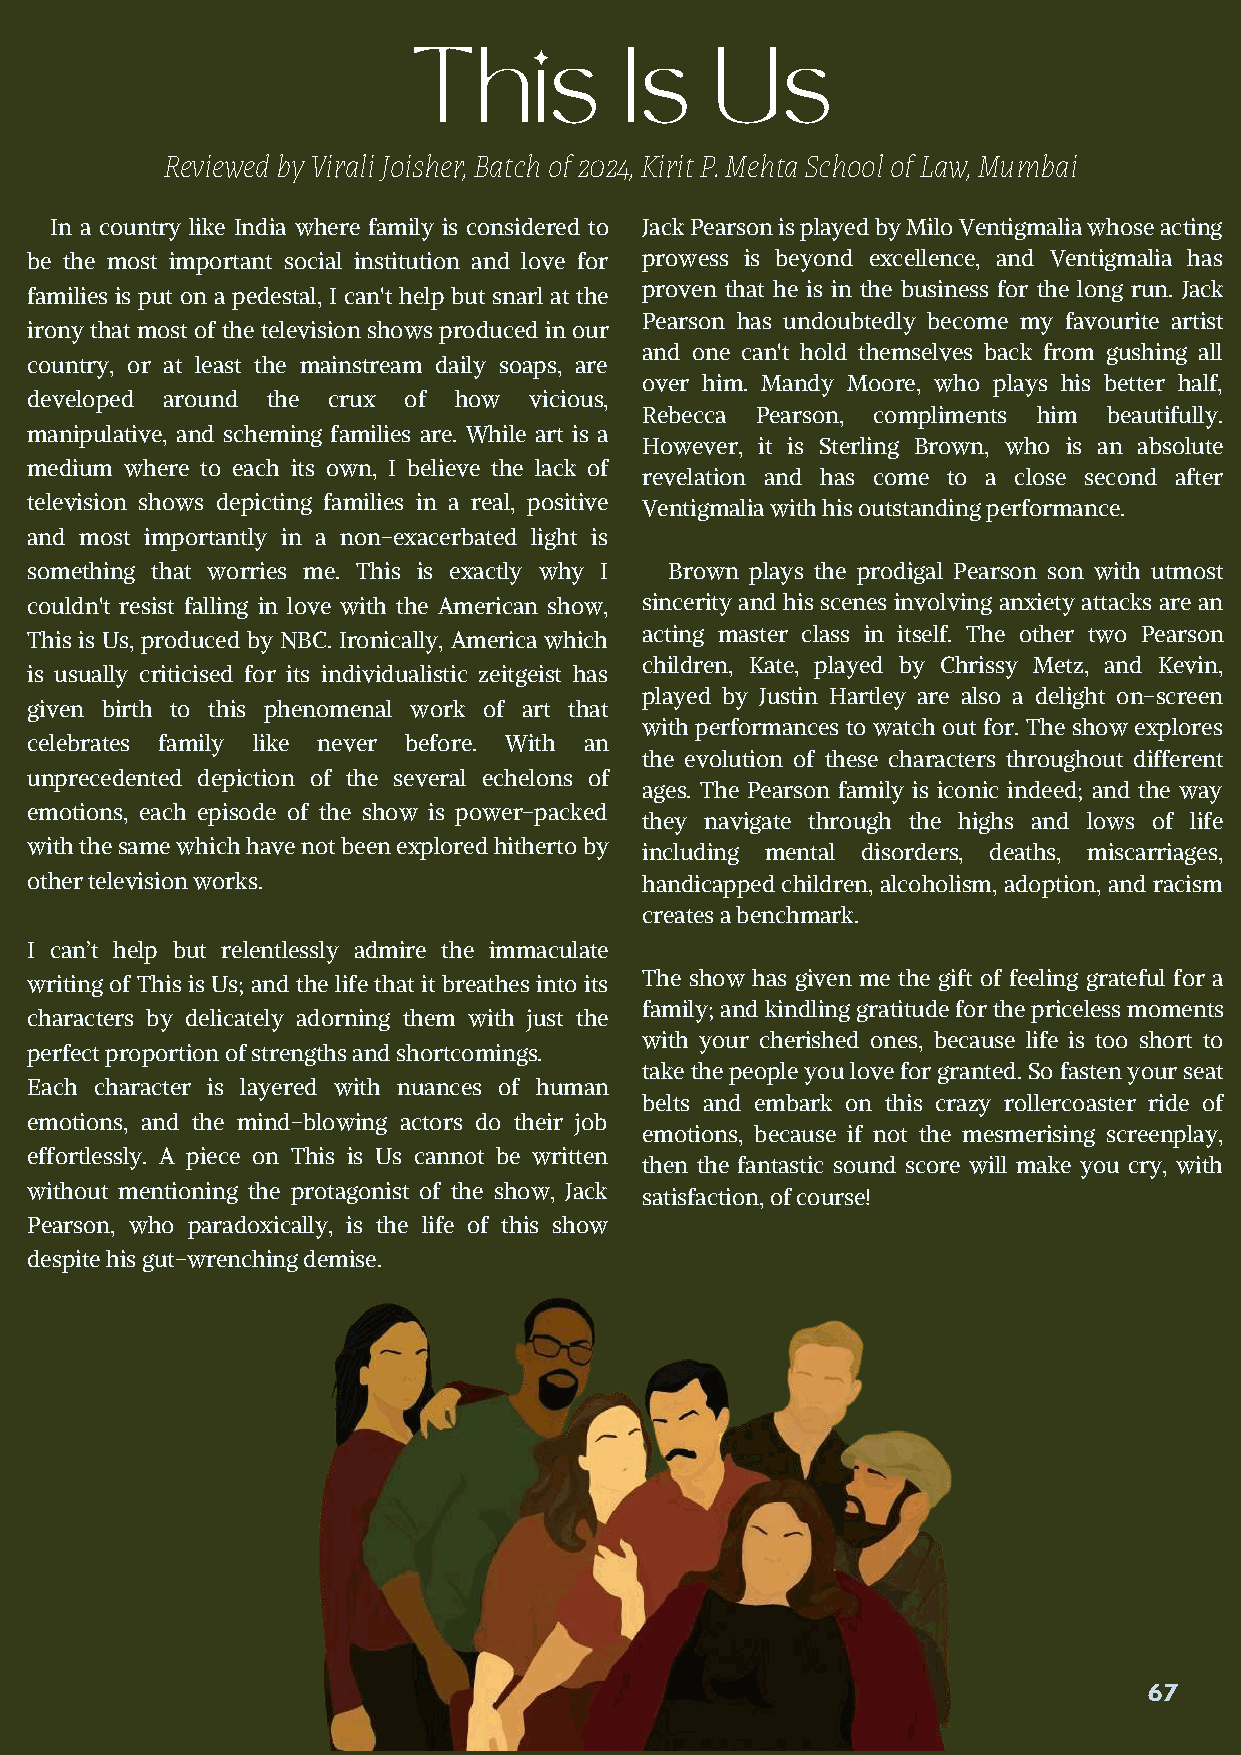
This          Is    Us
 Reviewed by Virali Joisher, Batch of 2024, Kirit P. Mehta School of Law, Mumbai
 In a country like India where family is considered to Jack Pearson is played by Milo Ventigmalia whose acting
 be the most important social institution and love for prowess is beyond excellence, and Ventigmalia has
 proven that he is in the business for the long run. Jack
 families is put on a pedestal, I can't help but snarl at the
 Pearson has undoubtedly become my favourite artist
 irony that most of the television shows produced in our
 and one can't hold themselves back from gushing all
 country, or at least the mainstream daily soaps, are
 over him. Mandy Moore, who plays his better half,
 developed around the crux of how vicious,
 Rebecca Pearson, compliments him beautifully.
 manipulative, and scheming families are. While art is a
 However, it is Sterling Brown, who is an absolute
 medium where to each its own, I believe the lack of
 revelation and has come to a close second after
 television shows depicting families in a real, positive Ventigmalia with his outstanding performance.
 and most importantly in a non-exacerbated light is
 something that worries me. This is exactly why I Brown plays the prodigal Pearson son with utmost
 couldn't resist falling in love with the American show, sincerity and his scenes involving anxiety attacks are an
 acting master class in itself. The other two Pearson
 This is Us, produced by NBC. Ironically, America which
 children, Kate, played by Chrissy Metz, and Kevin,
 is usually criticised for its individualistic zeitgeist has
 played by Justin Hartley are also a delight on-screen
 given birth to this phenomenal work of art that
 with performances to watch out for. The show explores
 celebrates family like never before. With an
 the evolution of these characters throughout different
 unprecedented depiction of the several echelons of
 ages. The Pearson family is iconic indeed; and the way
 emotions, each episode of the show is power-packed
 they navigate through the highs and lows of life
 with the same which have not been explored hitherto by including mental disorders, deaths, miscarriages,
 other television works.                 handicapped children, alcoholism, adoption, and racism
 creates a benchmark.
 I can’t help but relentlessly admire the immaculate
 The show has given me the gift of feeling grateful for a
 writing of This is Us; and the life that it breathes into its
 family; and kindling gratitude for the priceless moments
 characters by delicately adorning them with just the
 with your cherished ones, because life is too short to
 perfect proportion of strengths and shortcomings.
 take the people you love for granted. So fasten your seat
 Each character is layered with nuances of human
 belts and embark on this crazy rollercoaster ride of
 emotions, and the mind-blowing actors do their job
 emotions, because if not the mesmerising screenplay,
 effortlessly. A piece on This is Us cannot be written
 then the fantastic sound score will make you cry, with
 without mentioning the protagonist of the show, Jack satisfaction, of course!
 Pearson, who paradoxically, is the life of this show
 despite his gut-wrenching demise.
 67